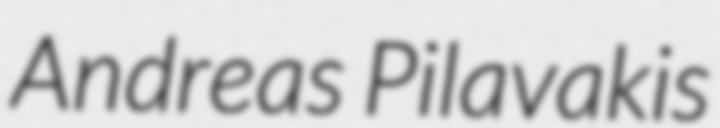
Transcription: Andreas Pilavakis